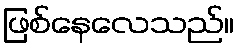
ဖြစ်နေလေသည်။